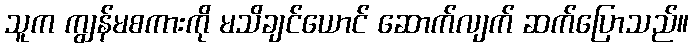
သူက ကျွန်မစကားကို မသိချင်ယောင် ဆောက်လျက် ဆက်ပြောသည်။